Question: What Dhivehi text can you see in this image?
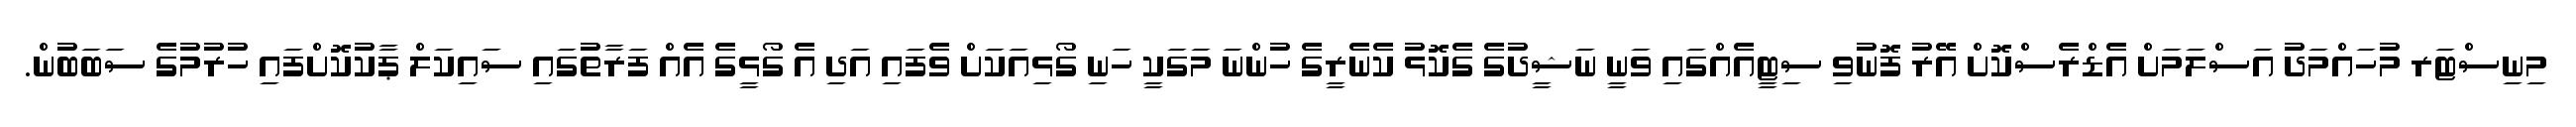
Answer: މިނިސްޓަރ މުހައްމަދު އަސްލަމަށް އެޑްރެސްކޮށް އޭރު ފޮނުވި ސިޓީއެއްގައި ވަނީ ނަޝީދުގެ ގެކޮޅު ކެނެރީގެ ހުންނަ މަގަކީ ހަނި ގޯޅިއަކަށް ވެފައި އަދި އެ ގޯޅީގެ އެއް ފަރާތުގައި ސައިކަލް ޕާކުކޮށްފައި ހުރުމުގެ ސަބަބުން.